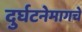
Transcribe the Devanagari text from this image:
दुर्घटनेमागचे